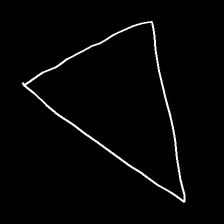
Glyph: convergence